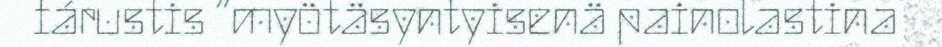
fárustis “myötäsyntyisenä painolastina